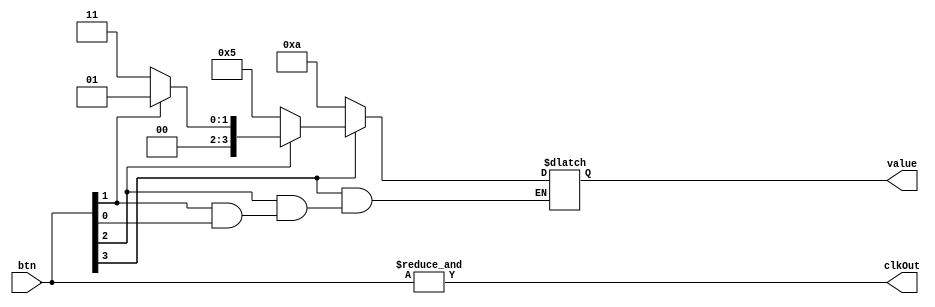
module ButtonManager(btn, clkOut, value);
	input [3:0] btn;
	output reg clkOut;
	output reg [3:0] value;
	
	always @(btn) begin
			if (btn[0] == 0) value = 1;
			if (btn[1] == 0) value = 3;
			if (btn[2] == 0) value = 5;
			if (btn[3] == 0) value = 10;	

		clkOut = &btn;
	end
endmodule